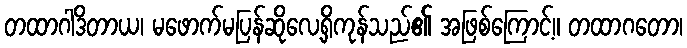
တထာဂါဒိတာယ၊ မဖောက်မပြန်ဆိုလေ့ရှိကုန်သည်၏ အဖြစ်ကြောင့်။ တထာဂတော၊